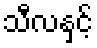
သီလနှင့်